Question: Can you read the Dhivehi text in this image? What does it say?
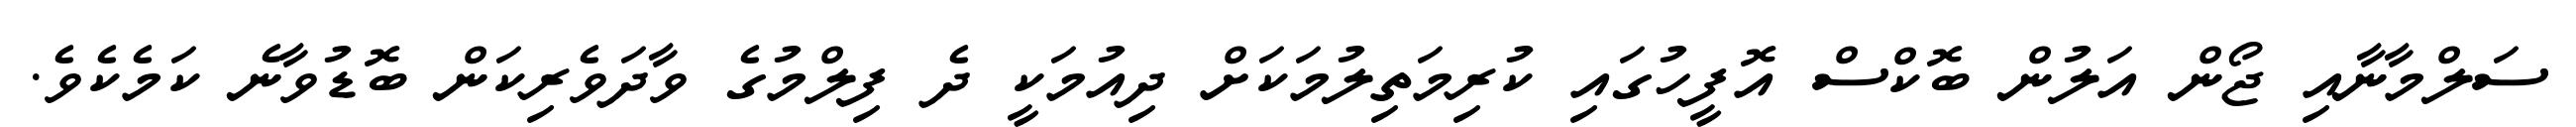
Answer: ސަލްމާނާއި ޖޯން އަލުން ބޮކްސް އޮފީހުގައި ކުރިމަތިލުމަކަށް ދިއުމަކީ ދެ ފިލްމުގެ ވާދަވެރިކަން ބޮޑުވާނެ ކަމެކެވެ.